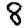
Digit: 8